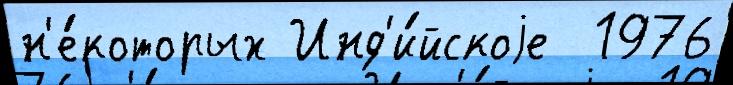
н'е́которых Инд'и́йскоjе  1976